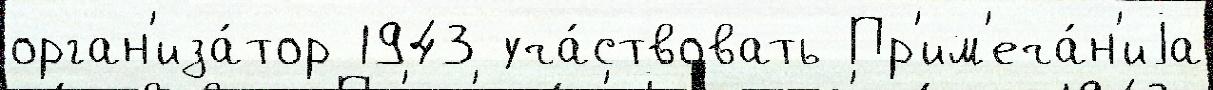
орган'иза́тор 1943 уча́ствовать Пр'им'еча́н'иjа